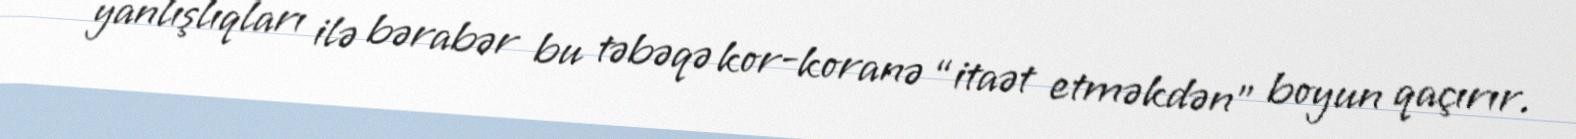
yanlışlıqları ilə bərabər bu təbəqə kor-koranə “itaət etməkdən” boyun qaçırır.